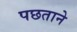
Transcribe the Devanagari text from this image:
पछताने